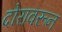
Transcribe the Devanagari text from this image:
दोरावरून